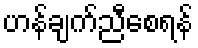
ဟန်ချက်ညီစေရန်